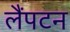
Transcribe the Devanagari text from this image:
लैंपटन